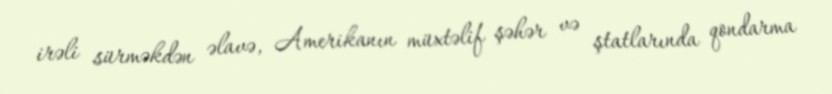
irəli sürməkdən əlavə, Amerikanın müxtəlif şəhər və ştatlarında qondarma